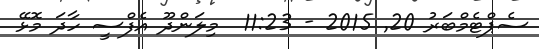
ސެޕްޓެމްބަރު 20